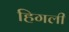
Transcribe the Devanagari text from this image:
हिगली